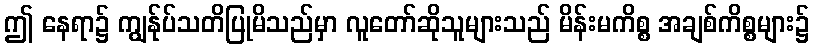
ဤ နေရာ၌ ကျွန်ုပ်သတိပြုမိသည်မှာ လူတော်ဆိုသူများသည် မိန်းမကိစ္စ အချစ်ကိစ္စများ၌